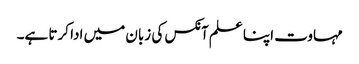
مہاوت اپنا علم آنکس کی زبان میں ادا کرتا ہے۔